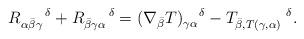
LaTeX: \begin{align*}R_{\alpha\bar\beta\gamma}^{\enskip\quad\delta} + R_{\bar\beta\gamma\alpha}^{\quad\enskip\delta} &= (\nabla_{\bar\beta} T)_{\gamma\alpha}^{\quad\delta} - T_{\bar\beta,T(\gamma,\alpha)}^{\quad\qquad\delta}.\end{align*}